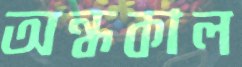
অন্ধকাল